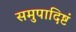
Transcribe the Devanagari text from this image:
समुपादिष्टं